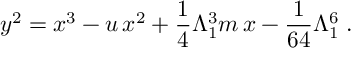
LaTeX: y ^ { 2 } = x ^ { 3 } - u \, x ^ { 2 } + \frac { 1 } { 4 } \Lambda _ { 1 } ^ { 3 } m \, x - \frac { 1 } { 6 4 } \Lambda _ { 1 } ^ { 6 } \; .